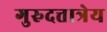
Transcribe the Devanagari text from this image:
गुरुदत्तात्रेय